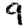
Digit: 9